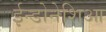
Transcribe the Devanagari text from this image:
ईन्डोनेशिआ